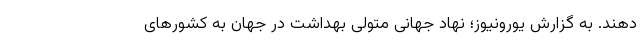
دهند. به گزارش یورونیوز؛ نهاد جهانی متولی بهداشت در جهان به کشورهای